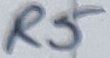
Text: R5